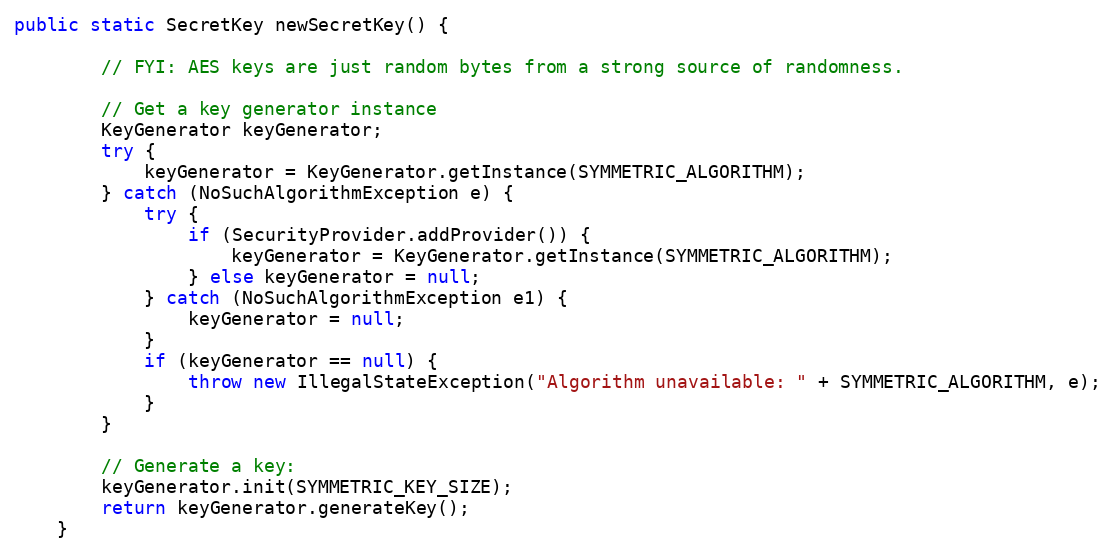
Language: Java
public static SecretKey newSecretKey() {

        // FYI: AES keys are just random bytes from a strong source of randomness.

        // Get a key generator instance
        KeyGenerator keyGenerator;
        try {
            keyGenerator = KeyGenerator.getInstance(SYMMETRIC_ALGORITHM);
        } catch (NoSuchAlgorithmException e) {
            try {
                if (SecurityProvider.addProvider()) {
                    keyGenerator = KeyGenerator.getInstance(SYMMETRIC_ALGORITHM);
                } else keyGenerator = null;
            } catch (NoSuchAlgorithmException e1) {
                keyGenerator = null;
            }
            if (keyGenerator == null) {
                throw new IllegalStateException("Algorithm unavailable: " + SYMMETRIC_ALGORITHM, e);
            }
        }

        // Generate a key:
        keyGenerator.init(SYMMETRIC_KEY_SIZE);
        return keyGenerator.generateKey();
    }